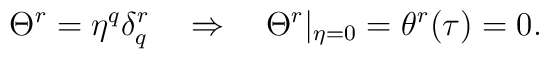
\Theta^{r}=\eta^q\delta^r_q \quad \Rightarrow\quad \Theta^r|_{\eta=0}=\theta^{r}(\tau)=0.